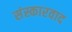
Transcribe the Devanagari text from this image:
संस्कारवाद